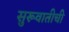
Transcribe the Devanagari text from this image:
सुरूवातीची